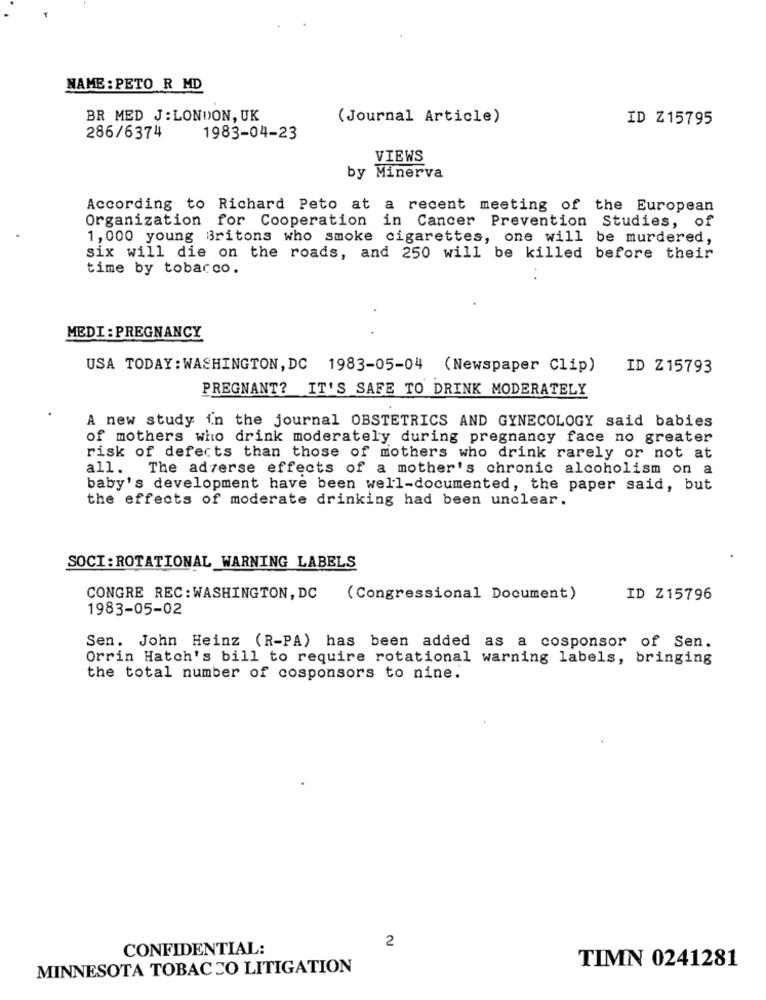
NAME : PETO R MD
BR MED J: LONDON, UK
(Journal Article)
ID Z15795
286/6374
1983-04-23
VIEWS
by Minerva
According to Richard Peto at a recent meeting of the European
Organization for Cooperation in Cancer Prevention Studies, of
1, 000 young Britons who smoke cigarettes, one will be murdered,
six will die on the roads, and 250 will be killed before their
time by tobacco.
MEDI : PREGNANCY
USA TODAY: WASHINGTON, DC 1983-05-04 (Newspaper Clip)
ID Z15793
PREGNANT? IT'S SAFE TO DRINK MODERATELY
A new study in the journal OBSTETRICS AND GYNECOLOGY said babies
of mothers who drink moderately during pregnancy face no greater
risk of defects than those of mothers who drink rarely or not at
all. The adverse effects of a mother's chronic alcoholism on a
baby's development have been well-documented, the paper said, but
the effects of moderate drinking had been unclear.
SOCI : ROTATIONAL WARNING LABELS
CONGRE REC : WASHINGTON, DC (Congressional Document)
ID Z15796
1983-05-02
Sen. John Heinz (R-PA) has been added as a cosponsor of Sen.
Orrin Hatch's bill to require rotational warning labels, bringing
the total number of cosponsors to nine.
2
CONFIDENTIAL:
TIMN 0241281
MINNESOTA TOBACCO LITIGATION